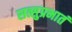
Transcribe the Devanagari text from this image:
सत्सुप्रभातं